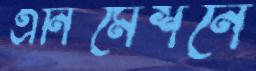
এনিমেশনে